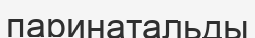
паринатальды